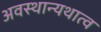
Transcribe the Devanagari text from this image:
अवस्थान्यथात्व